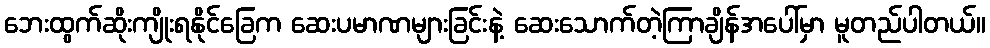
ဘေးထွက်ဆိုးကျိုးရနိုင်ခြေက ဆေးပမာဏများခြင်းနဲ့ ဆေးသောက်တဲ့ကြာချိန်အပေါ်မှာ မူတည်ပါတယ်။